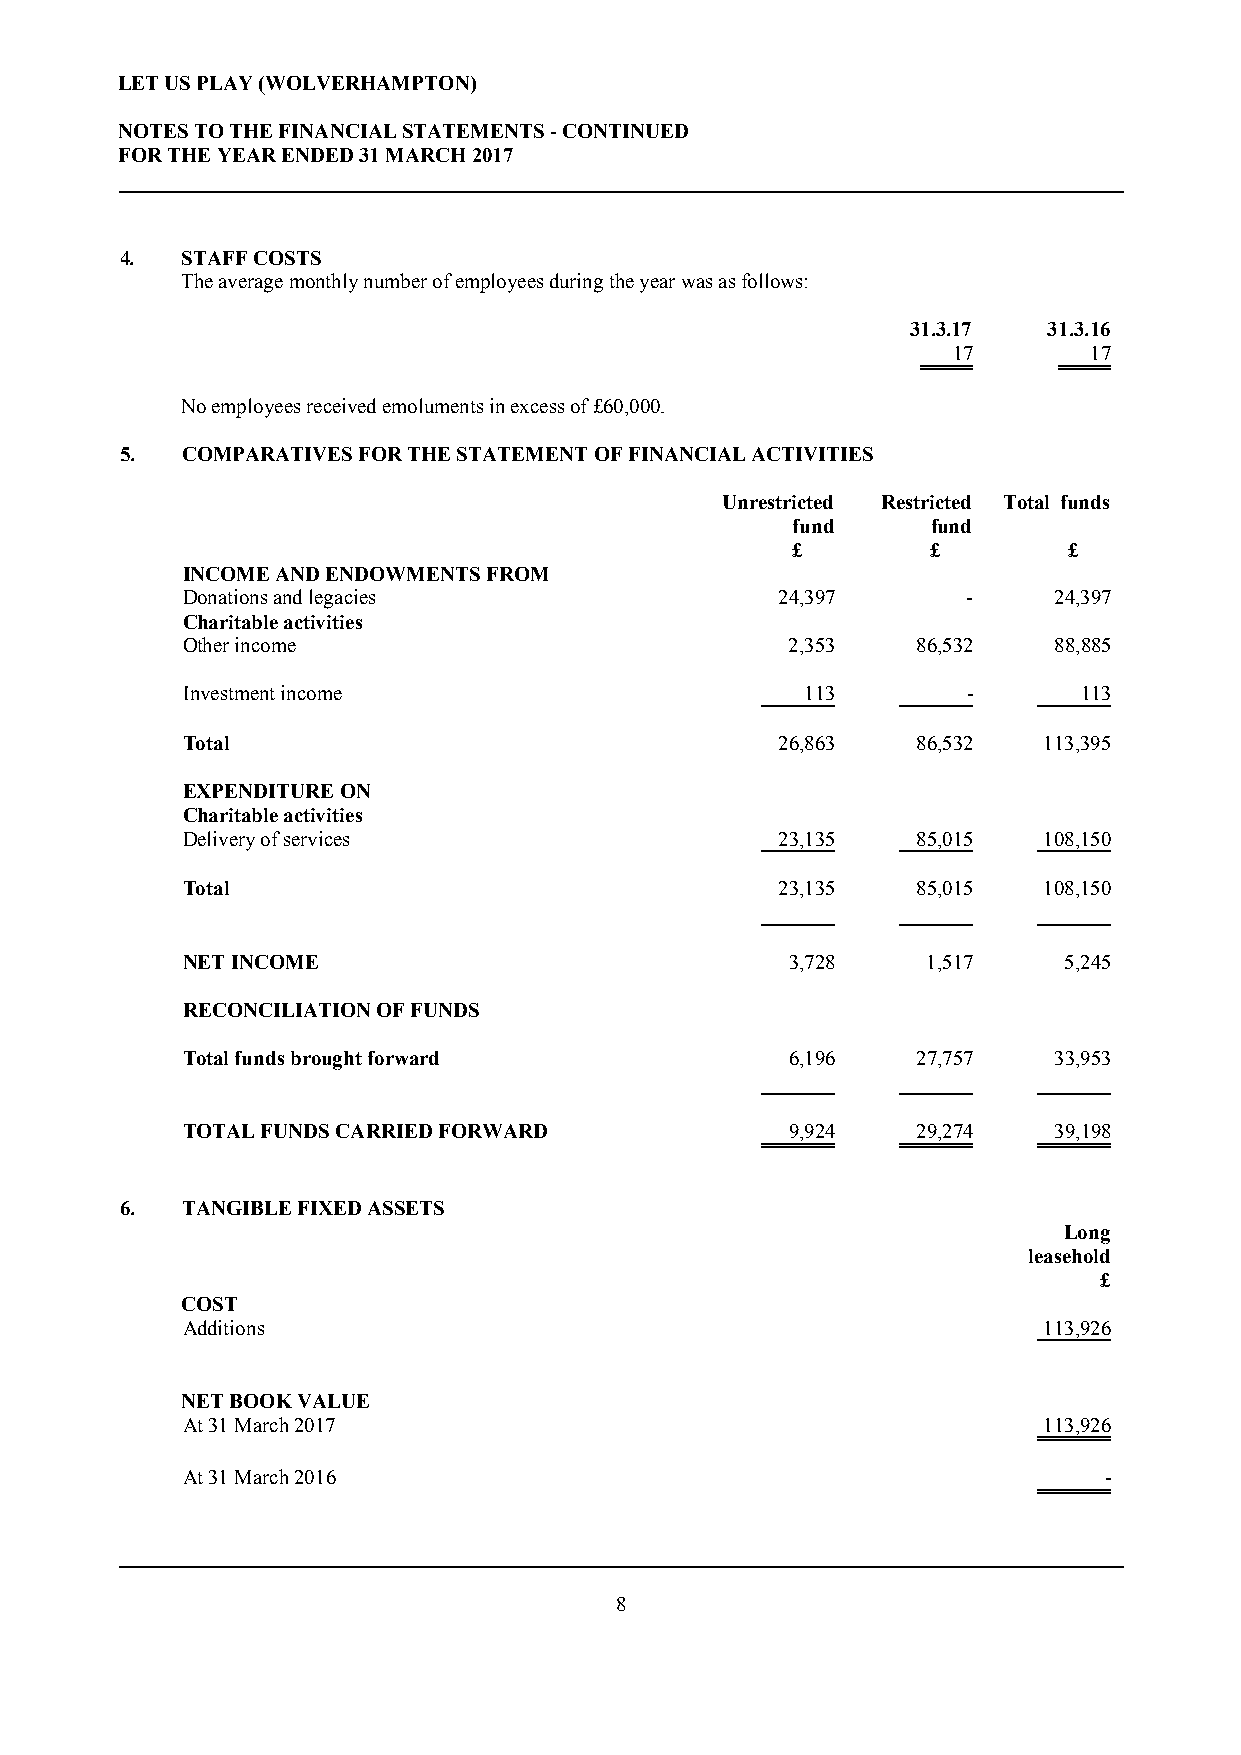
LET US PLAY (WOLVERHAMPTON)
 NOTES TO THE FINANCIAL STATEMENTS - CONTINUED
 FOR THE YEAR ENDED 31 MARCH 2017
 4.  STAFF COSTS
 The average monthly number of employees during the year was as follows:
 31.3.17  31.3.16
 17       17
 No employees received emoluments in excess of £60,000.
 5.  COMPARATIVES FOR THE STATEMENT OF FINANCIAL ACTIVITIES
 Unrestricted Restricted Total funds
 fund      fund
 £         £        £
 INCOME AND ENDOWMENTS FROM
 Donations and legacies                 24,397       -     24,397
 Charitable activities
 Other income                            2,353    86,532   88,885
 Investment income                        113        -      113
 Total                                  26,863    86,532  113,395
 EXPENDITURE ON
 Charitable activities
 Delivery of services                   23,135    85,015  108,150
 Total                                  23,135    85,015  108,150
 NET INCOME                              3,728    1,517    5,245
 RECONCILIATION OF FUNDS
 Total funds brought forward             6,196    27,757   33,953
 TOTAL FUNDS CARRIED FORWARD             9,924    29,274   39,198
 6.  TANGIBLE FIXED ASSETS
 Long
 leasehold
 £
 COST
 Additions                                                113,926
 NET BOOK VALUE
 At 31 March 2017                                         113,926
 At 31 March 2016                                             -
 8